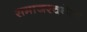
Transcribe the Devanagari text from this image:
समाजरचनेला